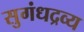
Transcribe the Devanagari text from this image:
सुगंधद्रव्य